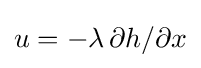
u=-\lambda \,\partial h/\partial x